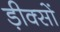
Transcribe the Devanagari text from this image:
ड़ीक्सों